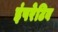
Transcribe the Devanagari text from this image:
इंपरेटिव